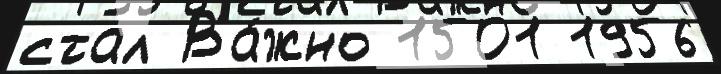
стал Ва́жно 1501 1956